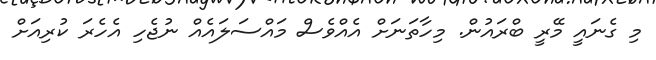
މި ގެނައީ މޭރީ ބްރައުން. މިހާތަނަށް އެއްވެސް މައްސަލައެއް ނުޖެހި އެހެރަ ކުރިއަށް